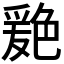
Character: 𦫦